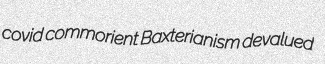
covid commorient Baxterianism devalued